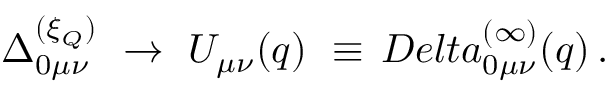
\Delta _ { 0 \mu \nu } ^ { ( \xi _ { Q } ) } \ \to \ U _ { \mu \nu } ( q ) \ \equiv \, D e l t a _ { 0 \mu \nu } ^ { ( \infty ) } ( q ) \, .